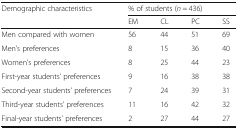
<table><thead><tr><td rowspan="2"><b>Demographic characteristics</b></td><td colspan="4"><b>% of students (<i>n</i> = 436)</b></td></tr><tr><td><b>EM</b></td><td><b>CL</b></td><td><b>PC</b></td><td><b>SS</b></td></tr></thead><tbody><tr><td>Men compared with women</td><td>56</td><td>44</td><td>51</td><td>69</td></tr><tr><td>Men’s preferences</td><td>8</td><td>15</td><td>36</td><td>40</td></tr><tr><td>Women’s preferences</td><td>8</td><td>25</td><td>44</td><td>23</td></tr><tr><td>First-year students’ preferences</td><td>9</td><td>16</td><td>38</td><td>38</td></tr><tr><td>Second-year students’ preferences</td><td>7</td><td>24</td><td>39</td><td>31</td></tr><tr><td>Third-year students’ preferences</td><td>11</td><td>16</td><td>42</td><td>32</td></tr><tr><td>Final-year students’ preferences</td><td>2</td><td>27</td><td>44</td><td>27</td></tr></tbody></table>